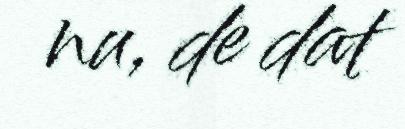
nu, de dat